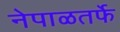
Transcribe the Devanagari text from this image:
नेपाळतर्फे